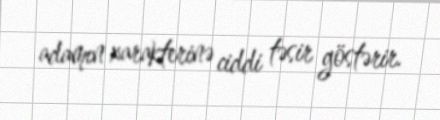
adamın xarakterinə ciddi təsir göstərir.